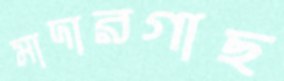
মাদারগাছ